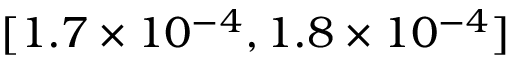
[ 1 . 7 \times 1 0 ^ { - 4 } , 1 . 8 \times 1 0 ^ { - 4 } ]